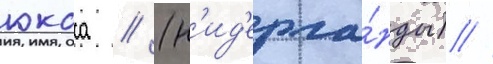
юкоса // (н'ид'ерла́нды) //